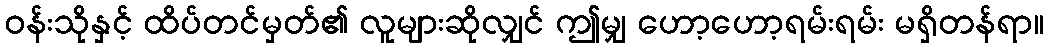
ဝန်းသိုနှင့် ထိပ်တင်မှတ်၏ လူများဆိုလျှင် ဤမျှ ဟော့ဟော့ရမ်းရမ်း မရှိတန်ရာ။